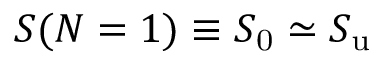
S ( N = 1 ) \equiv S _ { \mathrm { 0 } } \simeq S _ { \mathrm { u } }